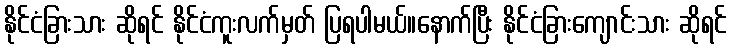
နိုင်ငံခြားသား ဆိုရင် နိုင်ငံကူးလက်မှတ် ပြရပါမယ်။နောက်ပြီး နိုင်ငံခြားကျောင်းသား ဆိုရင်